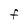
Character: F